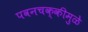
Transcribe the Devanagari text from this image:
पवनचक्कीमुळे